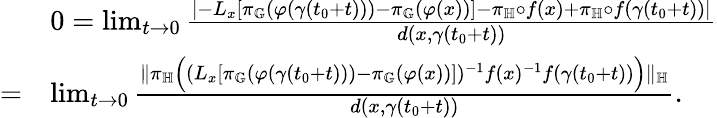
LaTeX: \begin{array}{rl}&{0=\operatorname*{lim}_{t\to 0}\frac{\lvert-L_{x}[\pi_{\mathbb{G}}(\varphi(\gamma(t_{0}+t)))-\pi_{\mathbb{G}}(\varphi(x))]-\pi_{\mathbb{H}}\circ f(x)+\pi_{\mathbb{H}}\circ f(\gamma(t_{0}+t))\rvert}{d(x,\gamma(t_{0}+t))}}\\ {=}&{\operatorname*{lim}_{t\to 0}\frac{\lVert\pi_{\mathbb{H}}\Big((L_{x}[\pi_{\mathbb{G}}(\varphi(\gamma(t_{0}+t)))-\pi_{\mathbb{G}}(\varphi(x))])^{-1}f(x)^{-1}f(\gamma(t_{0}+t))\Big)\rVert_{\mathbb{H}}}{d(x,\gamma(t_{0}+t))}.}\end{array}